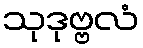
သုဒုဗ္ဗလံ